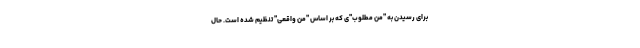
برای رسیدن به "منِ مطلوب"ی که بر اساس "منِ واقعی" تنظیم شده است. حال